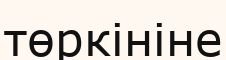
төркініне